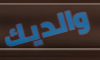
والديك